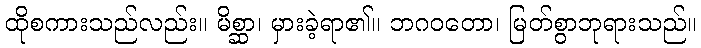
ထိုစကားသည်လည်း။ မိစ္ဆာ၊ မှားခဲ့ရာ၏။ ဘဂဝတော၊ မြတ်စွာဘုရားသည်။